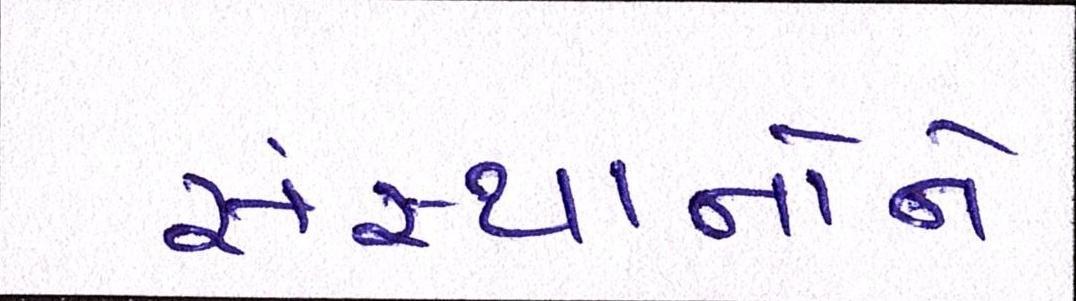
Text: સંસ્થાનોને